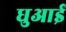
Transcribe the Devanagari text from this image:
धुआई